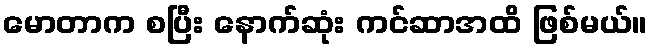
မောတာက စပြီး နောက်ဆုံး ကင်ဆာအထိ ဖြစ်မယ်။